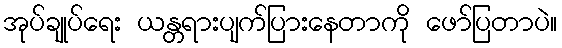
အုပ်ချုပ်ရေး ယန္တရားပျက်ပြားနေတာကို ဖော်ပြတာပဲ။